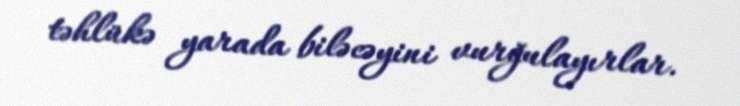
təhlükə yarada biləcəyini vurğulayırlar.